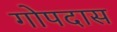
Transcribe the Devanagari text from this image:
गोपदास